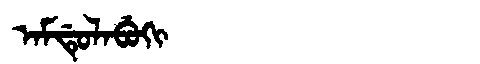
Manchu: ᠠᠮᡩᡠᠯᠠᠪᡠᡴᡳ
Romanization: AMDULABUKI